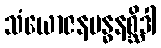
သံယောဇနဗန္ဓနစ္ဆိဒါ